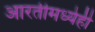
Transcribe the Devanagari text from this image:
आरतीमध्येही